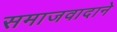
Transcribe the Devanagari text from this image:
समाजवादाने